Report of the Indian Hemp Drugs Commission, 1894-1895 - Volume IV
Year: 1894
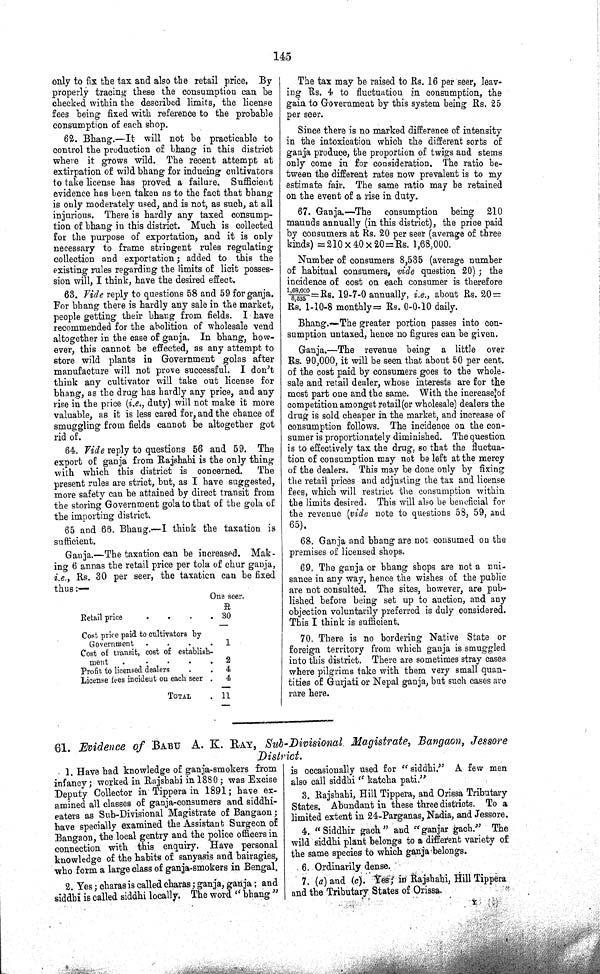
145
only to fix the tax and also the retail price. By
properly tracing these the consumption can be
checked within the described limits, the license
fees being fixed with reference to the probable
consumption of each shop.
62. Bhang.—It will not be practicable to
control the production of bhang in this district
where it grows wild. The recent attempt at
extirpation of wild bhang for inducing cultivators
to take license has proved a failure. Sufficient
evidence has been taken as to the fact that bhang
is only moderately used, and is not, as such, at all
injurious. There is hardly any taxed consump¬
tion of bhang in this district. Much is collected
for the purpose of exportation, and it is only
necessary to frame stringent rules regulating
collection and exportation; added to this the
existing rules regarding the limits of licit posses¬
sion will, I think, have the desired effect.
63. Vide reply to questions 58 and 59 for ganja.
For bhang there is hardly any sale in the market,
people getting their bhang from fields. I have
recommended for the abolition of wholesale vend
altogether in the case of ganja. In bhang, how¬
ever, this cannot be effected, as any attempt to
store wild plants in Government golas after
manufacture will not prove successful. I don't
think any cultivator will take out license for
bhang, as the drug has hardly any price, and any
rise in the price (i.e., duty) will not make it more
valuable, as it is less cared for, and the chance of
smuggling from fields cannot be altogether got
rid of.
64. Vide reply to questions 56 and 59. The
export of ganja from Rajshahi is the only thing
with which this district is concerned. The
present rules are strict, but, as I have suggested,
more safety can be attained by direct transit from
the storing Government gola to that of the gola of
the importing district.
65 and 66. Bhang.—I think the taxation is
sufficient.
Ganja.—The taxation can be increased. Mak¬
ing 6 annas the retail price per tola of chur ganja,
i.e., Rs. 30 per seer, the taxation can be fixed
thus:—
One seer.
R
Retail price
30
Cost price paid to cultivators by
Government
1
Cost of transit, cost of establish-
ment
Cost of transit, cost of establish-
ment
2
Profit to licensed dealers
4
License fees incident on each seer
4
TOTAL
11
The tax may be raised to Rs. 16 per seer, leav¬
ing Rs. 4 to fluctuation in consumption, the
gain to Government by this system being Rs. 25
per seer.
Since there is no marked difference of intensity
in the intoxication which the different sorts of
ganja produce, the proportion of twigs and stems
only come in for consideration. The ratio be¬
tween the different rates now prevalent is to my
estimate fair. The same ratio may be retained
on the event of a rise in duty.
67. Ganja.—The consumption being 210
maunds annually (in this district), the price paid
by consumers at Rs. 20 per seer (average of three
kinds) = 210 x 40 x 20 = Rs. 1,68,000.
Number of consumers 8,535 (average number
of habitual consumers, vide question 20); the
incidence of cost on each consumer is therefore
1,68,000/8,535 = Rs. 19-7-0 annually, i.e., about Rs. 20 =
Rs. 1-10-8 monthly = Rs. 0-0-10 daily.
Bhang.—The greater portion passes into con¬
sumption untaxed, hence no figures can be given.
Ganja.—The revenue being a little over
Rs. 90,000, it will be seen that about 50 per cent.
of the cost paid by consumers goes to the whole¬
sale and retail dealer, whose interests are for the
most part one and the same. With the increase of
competition amongst retail (or wholesale) dealers the
drug is sold cheaper in the market, and increase of
consumption follows. The incidence on the con¬
sumer is proportionately diminished. The question
is to effectively tax the drug, so that the fluctua¬
tion of consumption may not be left at the mercy
of the dealers. This may be done only by fixing
the retail prices and adjusting the tax and license
fees, which will restrict the consumption within
the limits desired. This will also be beneficial for
the revenue (vide note to questions 58, 59, and
65).
68. Ganja and bhang are not consumed on the
premises of licensed shops.
69. The ganja or bhang shops are not a nui¬
sance in any way, hence the wishes of the public
are not consulted. The sites, however, are pub¬
lished before being set up to auction, and any
objection voluntarily preferred is duly considered.
This I think is sufficient.
70. There is no bordering Native State or
foreign territory from which ganja is smuggled
into this district. There are sometimes stray cases
where pilgrims take with them very small quan¬
tities of Gurjati or Nepal ganja, but such cases are
rare here.
61. Evidence of BABU A. K. RAY, Sub-Divisional Magistrate, Bangaon, Jessore
District.
1. Have had knowledge of ganja-smokers from
infancy; worked in Rajshahi in 1880; was Excise
Deputy Collector in Tippera in 1891; have ex¬
amined all classes of ganja-consumers and siddhi-
eaters as Sub-Divisional Magistrate of Bangaon;
have specially examined the Assistant Surgeon of
Bangaon, the local gentry and the police officers in
connection with this enquiry. Have personal
knowledge of the habits of sanyasis and bairagies,
who form a large class of ganja-smokers in Bengal.
2. Yes; charas is called charas; ganja, ganja; and
siddhi is called siddhi locally. The word "bhang"
is occasionally used for "siddhi." A few men
also call siddhi "katcha pati."
3. Rajshahi, Hill Tippera, and Orissa Tributary
States. Abundant in these three districts. To a
limited extent in 24-Parganas, Nadia, and Jessore.
4. "Siddhir gach" and "ganjar gach." The
wild siddhi plant belongs to a different variety of
the same species to which ganja belongs.
6. Ordinarily dense.
7. (a) and (c). Yes; in Rajshahi, Hill Tippera
and the Tributary States of Orissa.
Y